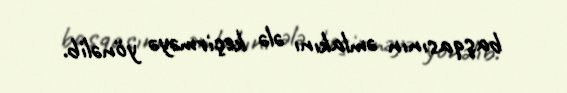
başqasının əmlakını ələ keçirməyə yönəlib.